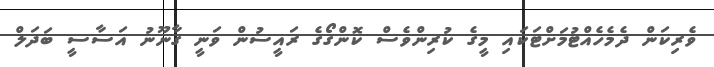
ވެރިކަން ދެމެހެއްޓުމަށްޓަކައި މީގެ ކުރިންވެސް ކޮންގޯގެ ރައީސުން ވަނީ ގާނޫނު އަސާސީ ބަދަލް